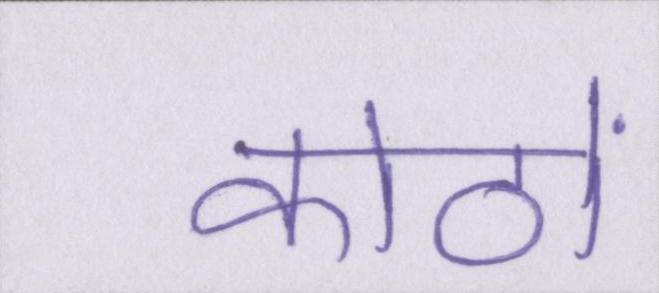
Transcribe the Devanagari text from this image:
कोठों